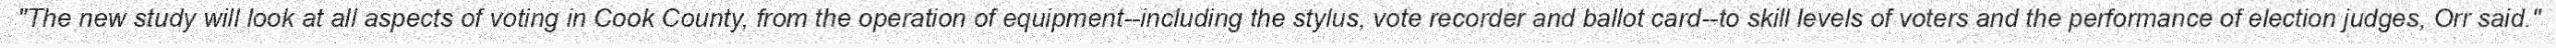
"The new study will look at all aspects of voting in Cook County, from the operation of equipment--including the stylus, vote recorder and ballot card--to skill levels of voters and the performance of election judges, Orr said."